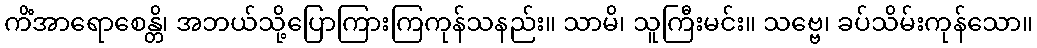
ကိံအာရောစေန္တိ၊ အဘယ်သို့ပြောကြားကြကုန်သနည်း။ သာမိ၊ သူကြီးမင်း။ သဗ္ဗေ၊ ခပ်သိမ်းကုန်သော။